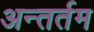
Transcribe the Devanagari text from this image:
अन्तर्तम